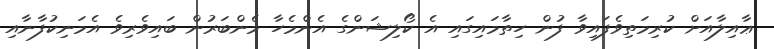
ޢާއިލާއަށް ކުރިމަތިވެފައިވާ ފުން ހިތާމައިގައި އެ ކޯލިޝަންގެ އެންމެހާ މެންބަރުން ބައިވެރިވެ އެމަނިކުފާނާއި